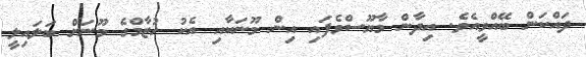
ދައްކަން ބޭއްވީއެވެ. އިދާން މާޔޫސްވެފައި އިން މޫނަކާއި އެކު ހުޒާމްގެ މޫނަށް ބަލައިލީ